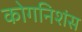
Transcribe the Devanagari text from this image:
कोगनिशंस